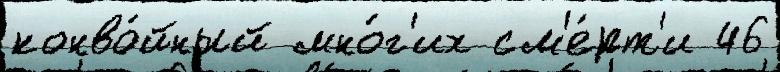
конво́йный мно́г'их см'е́рт'и 46